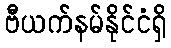
ဗီယက်နမ်နိုင်ငံရှိ